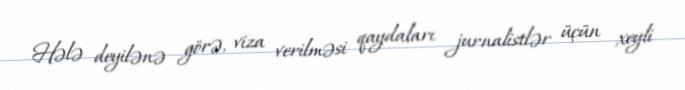
Hələ deyilənə görə, viza verilməsi qaydaları jurnalistlər üçün xeyli